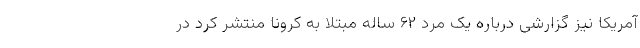
آمریکا نیز گزارشی درباره یک مرد ۶۲ ساله مبتلا به کرونا منتشر کرد در